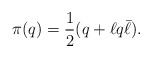
\begin{align*}\pi(q) = {1\over2} (q + \ell q \bar\ell) .\end{align*}